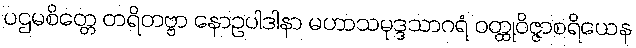
ပဌမစိတ္တေ တရိတဗ္ဗာ နောဥပါဒါနာ မဟာသမုဒ္ဒသာဂရံ ဝတ္ထုဝိဇ္ဇာစရိယေန